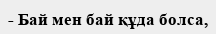
- Бай мен бай құда болса,